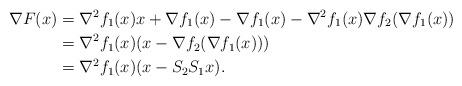
LaTeX: \begin{align*}\nabla F(x)&=\nabla^2f_1(x)x+\nabla f_1(x)-\nabla f_1(x)-\nabla^2f_1(x)\nabla f_2(\nabla f_1(x))\\&=\nabla^2f_1(x)(x-\nabla f_2(\nabla f_1(x)))\\&=\nabla^2f_1(x)(x-S_2S_1x).\end{align*}